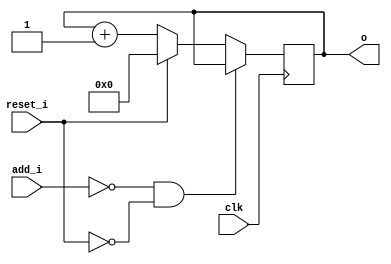
// This program was cloned from: https://github.com/NYU-MLDA/OpenABC
// License: BSD 3-Clause "New" or "Revised" License

module bsg_circular_ptr_slots_p32_max_add_p1
(
  clk,
  reset_i,
  add_i,
  o
);

  input [0:0] add_i;
  output [4:0] o;
  input clk;
  input reset_i;
  wire N0,N1,N2,N3,N4,N5,N6,N7,N8,N9,N10;
  wire [4:0] genblk1_genblk1_ptr_r_p1;
  reg [4:0] o;
  assign genblk1_genblk1_ptr_r_p1 = o + 1'b1;
  assign { N7, N6, N5, N4, N3 } = (N0)? { 1'b0, 1'b0, 1'b0, 1'b0, 1'b0 } :
                                  (N1)? genblk1_genblk1_ptr_r_p1 : 1'b0;
  assign N0 = reset_i;
  assign N1 = N2;
  assign N2 = ~reset_i;
  assign N8 = ~add_i[0];
  assign N9 = N8 & N2;
  assign N10 = ~N9;

  always @(posedge clk) begin
    if(N10) begin
      { o[4:0] } <= { N7, N6, N5, N4, N3 };
    end
  end


endmodule